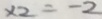
x _ { 2 } = - 2